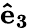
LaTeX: \mathbf{\hat{e}_{3}}